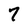
Character: 7